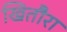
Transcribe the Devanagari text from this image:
खितौरा